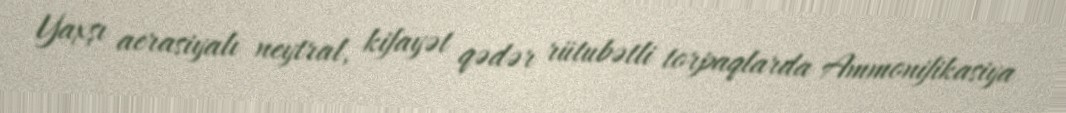
Yaxşı aerasiyalı neytral, kifayət qədər rütubətli torpaqlarda Ammonifikasiya